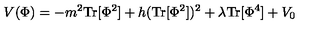
V ( \Phi ) = - m ^ { 2 } \mathrm { T r } [ \Phi ^ { 2 } ] + h ( \mathrm { T r } [ \Phi ^ { 2 } ] ) ^ { 2 } + \lambda \mathrm { T r } [ \Phi ^ { 4 } ] + V _ { 0 }